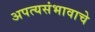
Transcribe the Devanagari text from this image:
अपत्यसंभावाचे